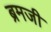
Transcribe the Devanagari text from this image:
ब्रमजी